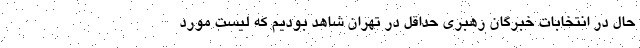
حال در انتخابات خبرگان رهبری حداقل در تهران شاهد بودیم که لیست مورد